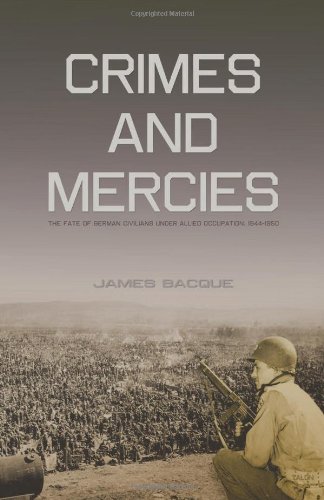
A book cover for Crimes and Mercies: The Fate of German Civilians Under Allied Occupation, 1944EE1950; James Bacque; History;